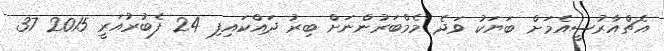
އެޗްއާރުސީއެމަށް ބަޔަކު ވަދެ މެމްބަރުންނަށް ބިރު ދައްކައިފި 24 ފެބުރުއަރީ 2015 37